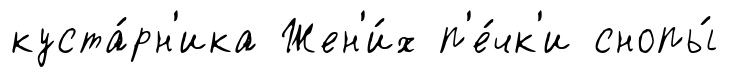
куста́рн'ика Жен'и́х п'е́чк'и снопы́